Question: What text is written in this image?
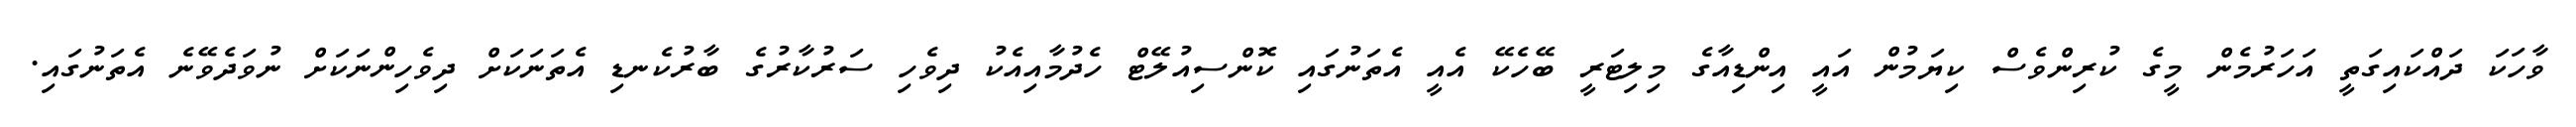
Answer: ވާހަކަ ދައްކައިގަތީ އަހަރުމެން މީގެ ކުރިންވެސް ކިޔަމުން އައީ އިންޑިއާގެ މިލިޓަރީ ބޭހެކޭ އެއީ އެތަނުގައި ކޮންސިއުލޭޓް ހެދުމާއިއެކު ދިވެހި ސަރުކާރުގެ ބާރުކެނޑި އެތަނަކަށް ދިވެހިންނަކަށް ނުވަދެވޭނެ އެތަނުގައި.